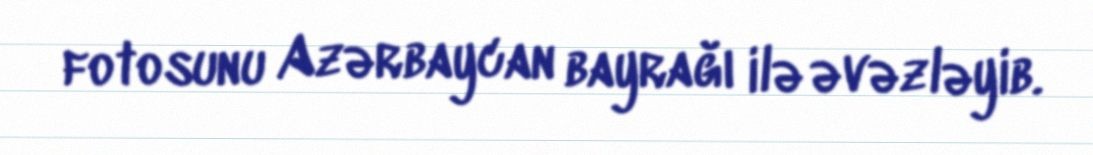
fotosunu Azərbaycan bayrağı ilə əvəzləyib.